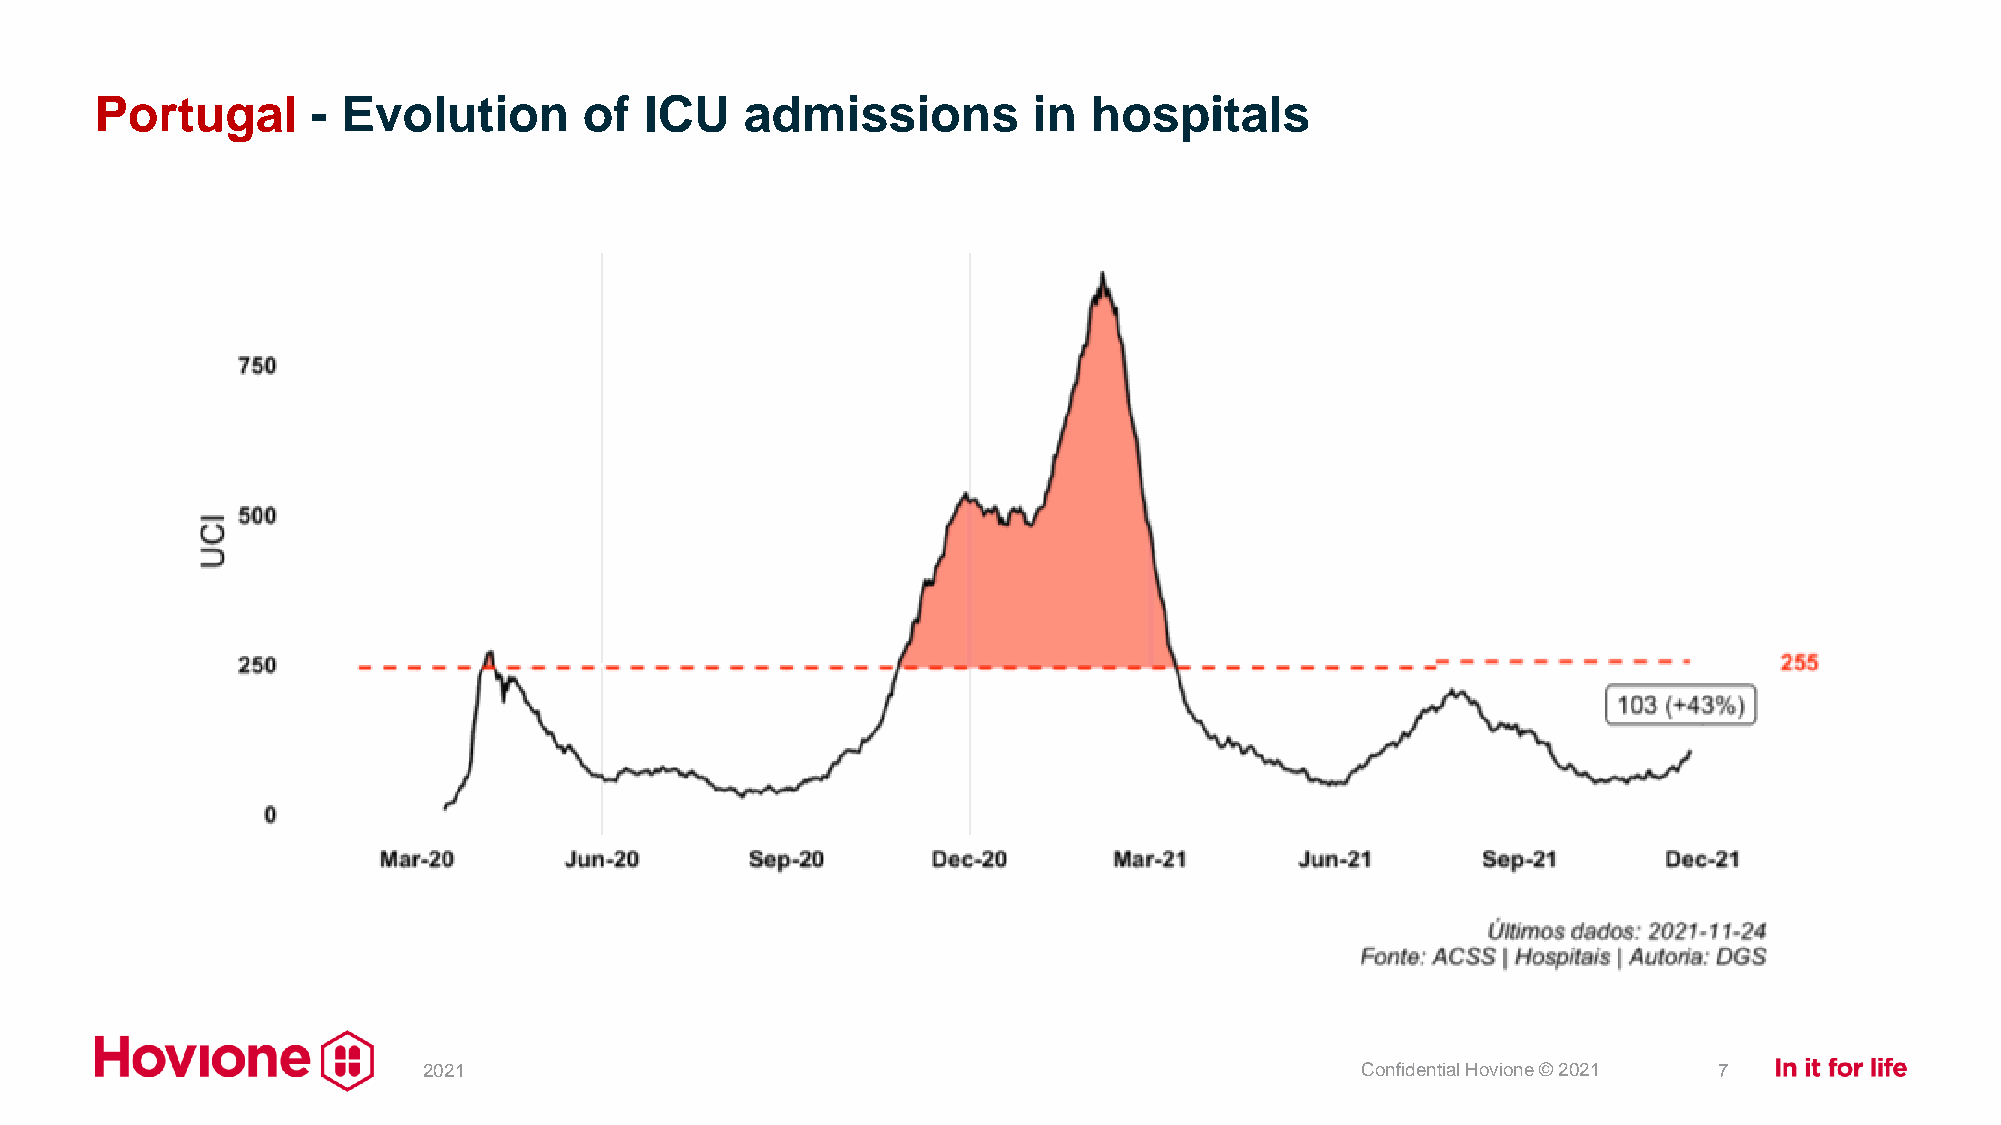
Portugal       - Evolution       of  ICU   admissions         in  hospitals
 2021                                                          Confidential Hovione © 2021 7